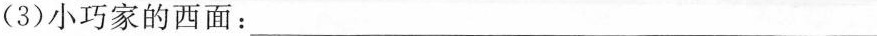
(3)小巧家的西面：___